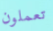
تعملون